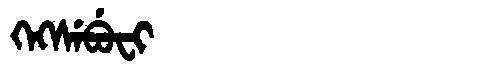
Manchu: ᡴᡝᡴᠰᡝᠪᡠᠸᡳ
Romanization: KEKSEBUFI